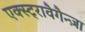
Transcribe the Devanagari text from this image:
एक्स्ट्रावैगैन्ज़ा